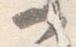
一